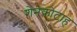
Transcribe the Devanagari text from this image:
शेनकोटाह